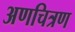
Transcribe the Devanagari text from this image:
अणचित्रण